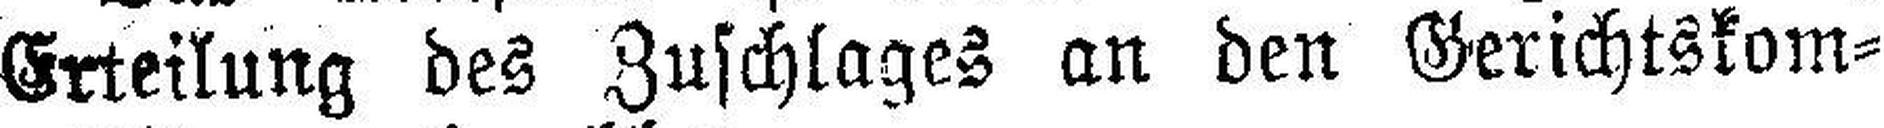
Erteilung des Zuschlages an den Gerichtskom¬